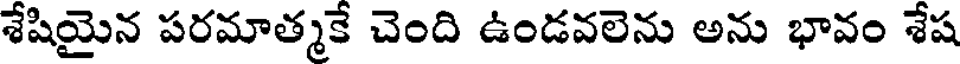
శేషియైన పరమాత్మకే చెంది ఉండవలెను అను భావం శేష